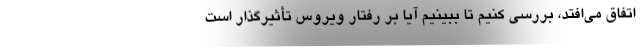
اتفاق می‌افتد، بررسی کنیم تا ببینیم آیا بر رفتار ویروس تأثیرگذار است